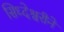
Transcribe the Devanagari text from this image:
सिध्देश्वरीने